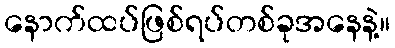
နောက်ထပ်ဖြစ်ရပ်တစ်ခုအနေနဲ့။